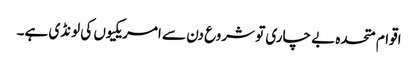
اقوام متحدہ بے چاری تو شروع دن سے امریکیوں کی لونڈی ہے۔